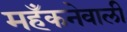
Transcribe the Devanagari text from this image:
महँकनेवाली